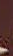
.